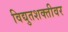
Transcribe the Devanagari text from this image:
विद्युतशक्तीवर